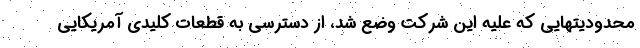
محدودیتهایی که علیه این شرکت وضع شد، از دسترسی به قطعات کلیدی آمریکایی